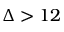
\Delta > 1 2